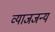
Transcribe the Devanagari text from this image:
व्याजजन्य